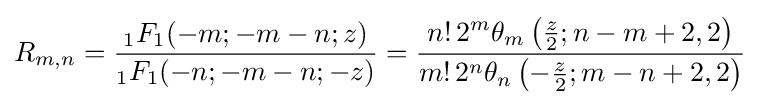
R_{m,n}={\frac {{}_{1}F_{1}(-m;-m-n;z)}{{}_{1}F_{1}(-n;-m-n;-z)}}={\frac {n!\,2^{m}\theta _{m}\left({\frac {z}{2}};n-m+2,2\right)}{m!\,2^{n}\theta _{n}\left(-{\frac {z}{2}};m-n+2,2\right)}}